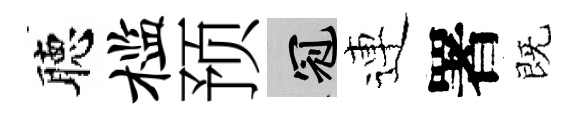
聴槛预冠連署既